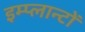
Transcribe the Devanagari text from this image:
इम्प्लान्टों